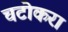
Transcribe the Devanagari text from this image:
चटोकरा